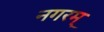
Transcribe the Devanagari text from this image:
नगरम्